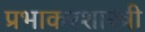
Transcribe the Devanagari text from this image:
प्रभाकरशास्त्री